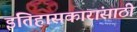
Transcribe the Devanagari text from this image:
इतिहासकारांसाठी